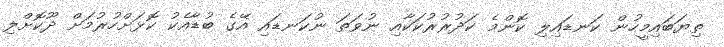
ތިޔަބައިމީހުން ކަނޑައިލި ކޮންމެ ކަދުރުރުކަކާއި ނުވަތަ ނުކަނޑައި އޭގެ ބުޑާއެކު ކޮޅަށްހުރުމަށް ދޫކޮށްލި